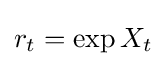
r_{t}=\exp {X_{t}}